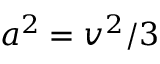
a ^ { 2 } = v ^ { 2 } / 3